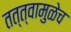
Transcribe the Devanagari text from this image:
तत्त्वामुळेच